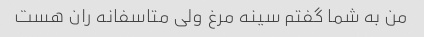
من به شما گفتم سینه مرغ ولی متاسفانه ران هست